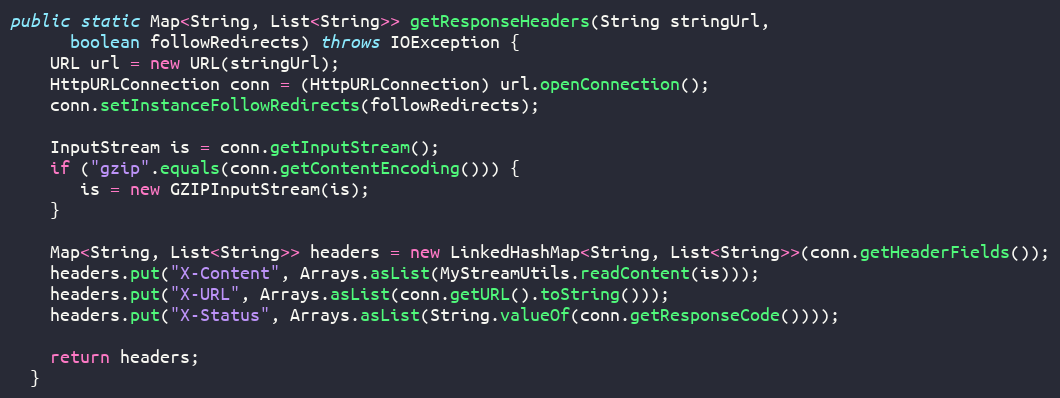
Language: Java
public static Map<String, List<String>> getResponseHeaders(String stringUrl,
      boolean followRedirects) throws IOException {
    URL url = new URL(stringUrl);
    HttpURLConnection conn = (HttpURLConnection) url.openConnection();
    conn.setInstanceFollowRedirects(followRedirects);

    InputStream is = conn.getInputStream();
    if ("gzip".equals(conn.getContentEncoding())) {
       is = new GZIPInputStream(is);
    }

    Map<String, List<String>> headers = new LinkedHashMap<String, List<String>>(conn.getHeaderFields());
    headers.put("X-Content", Arrays.asList(MyStreamUtils.readContent(is)));
    headers.put("X-URL", Arrays.asList(conn.getURL().toString()));
    headers.put("X-Status", Arrays.asList(String.valueOf(conn.getResponseCode())));

    return headers;
  }